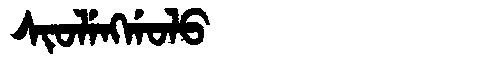
Manchu: ᠰᡳᠣᠯᡝᠩᡤᠣᠯᠣ
Romanization: SIOLENGGOLO